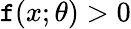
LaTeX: \mathtt{f}(x;\theta)>0